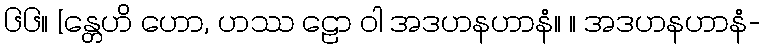
၆၆။ [န္တေဟိ ဟော, ဟဿ ဠော ဝါ အဒဟနဟာနံ။ ။ အဒဟနဟာနံ-